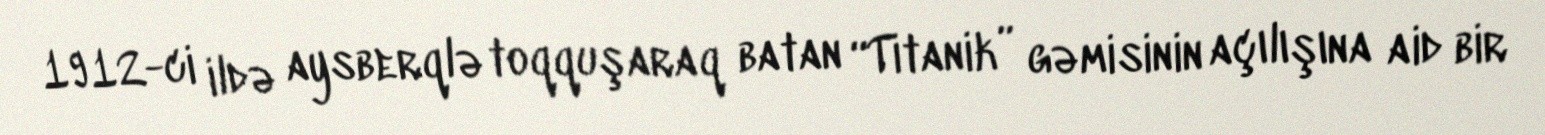
1912-ci ildə aysberqlə toqquşaraq batan “Titanik” gəmisinin açılışına aid bir